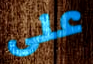
على